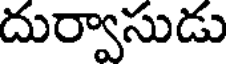
దుర్వాసుడు